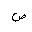
Letter: _sad